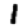
Digit: 1